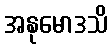
အနုမောဒသိ